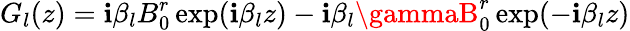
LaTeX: G_{l}(z)=\mathbf{i}\beta_{l}B_{0}^{r}\exp(\mathbf{i}\beta_{l}z)-\mathbf{i}\beta_{l}\gammaB_{0}^{r}\exp(-\mathbf{i}\beta_{l}z)